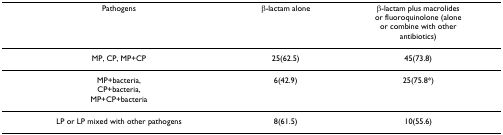
<table><thead><tr><td><b>Pathogens</b></td><td><b>β-lactam alone</b></td><td><b>β-lactam plus macrolidesor fluoroquinolone (aloneor combine with otherantibiotics)</b></td></tr></thead><tbody><tr><td>MP, CP, MP+CP</td><td>25(62.5)</td><td>45(73.8)</td></tr><tr><td>MP+bacteria,CP+bacteria,MP+CP+bacteria</td><td>6(42.9)</td><td>25(75.8*)</td></tr><tr><td>LP or LP mixed with other pathogens</td><td>8(61.5)</td><td>10(55.6)</td></tr></tbody></table>